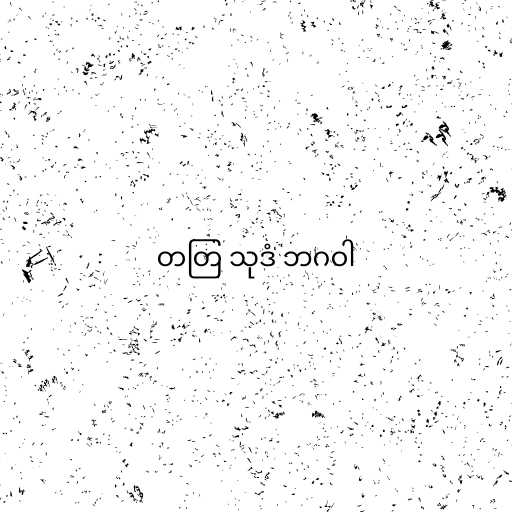
တတြ သုဒံ ဘဂဝါ